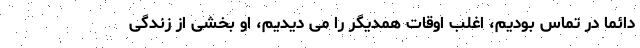
دائما در تماس بودیم، اغلب اوقات همدیگر را می دیدیم، او بخشی از زندگی